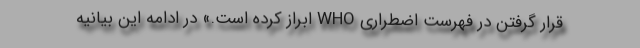
قرار گرفتن در فهرست اضطراری WHO ابراز کرده است.» در ادامه این بیانیه